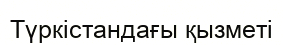
Түркістандағы қызметі